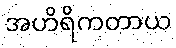
အဟိရိကတာယ